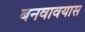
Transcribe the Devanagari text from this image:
बनवावयास